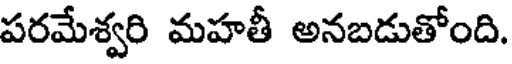
పరమేశ్వరి మహతీ అనబడుతోంది.